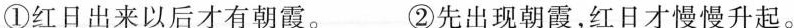
①红日出来以后才有朝霞。②先出现朝霞，红日才慢慢升起。